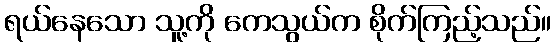
ရယ်နေသော သူ့ကို ကေသွယ်က စိုက်ကြည့်သည်။